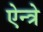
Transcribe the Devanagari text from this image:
ऐन्त्रे